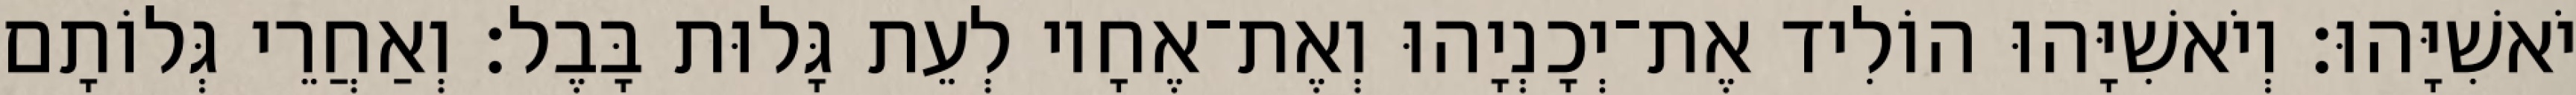
יֹאשִׁיָּהוּ׃ וְיֹאשִׁיָּהוּ הוֹלִיד אֶת־יְכָנְיָהוּ וְאֶת־אֶחָיו לְעֵת גָּלוּת בָּבֶל׃ וְאַחֲרֵי גְּלוֹתָם